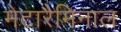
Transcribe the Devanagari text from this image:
मेटारैमिनाल